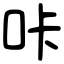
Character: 咔